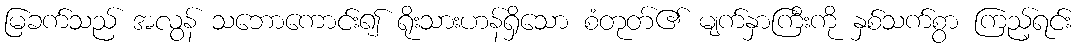
မြခက်သည် အလွန် သဘောကောင်း၍ ရိုးသားဟန်ရှိသော စံတုတ်၏ မျက်နှာကြီးကို နှစ်သက်စွာ ကြည့်ရင်း